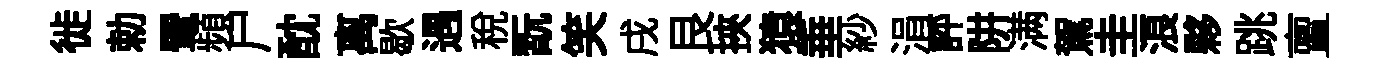
徙勅翬頻尸酖离歇遇稅翫笑戌艮挾猿垂紗涓評阱满駕圭浪夥跳亶